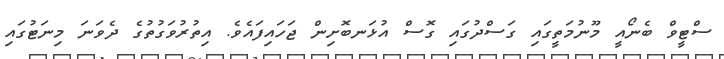
ސްޓީވް ބެނޯއީ މޫނުމަތީގައި ގަސްދުގައި ގޮސް އުޅަނބޮށިން ޖަހައިފައެވެ. އިތުރުވަގުތުގެ ދެވަނަ މިނަޓުގައި